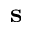
\textbf { s }